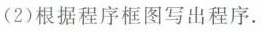
(2)根据程序框图写出程序。